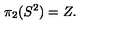
\pi _ { 2 } ( S ^ { 2 } ) = Z .